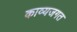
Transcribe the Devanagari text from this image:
काव्यजगत